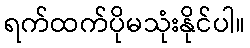
ရက်ထက်ပိုမသုံးနိုင်ပါ။